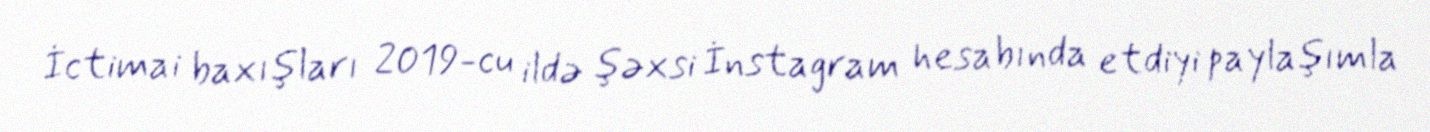
İctimai baxışları 2019-cu ildə şəxsi İnstagram hesabında etdiyi paylaşımla